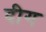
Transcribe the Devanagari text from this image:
दीग